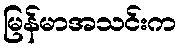
မြန်မာအသင်းက